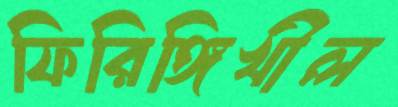
ফিরিঙ্গিখীল